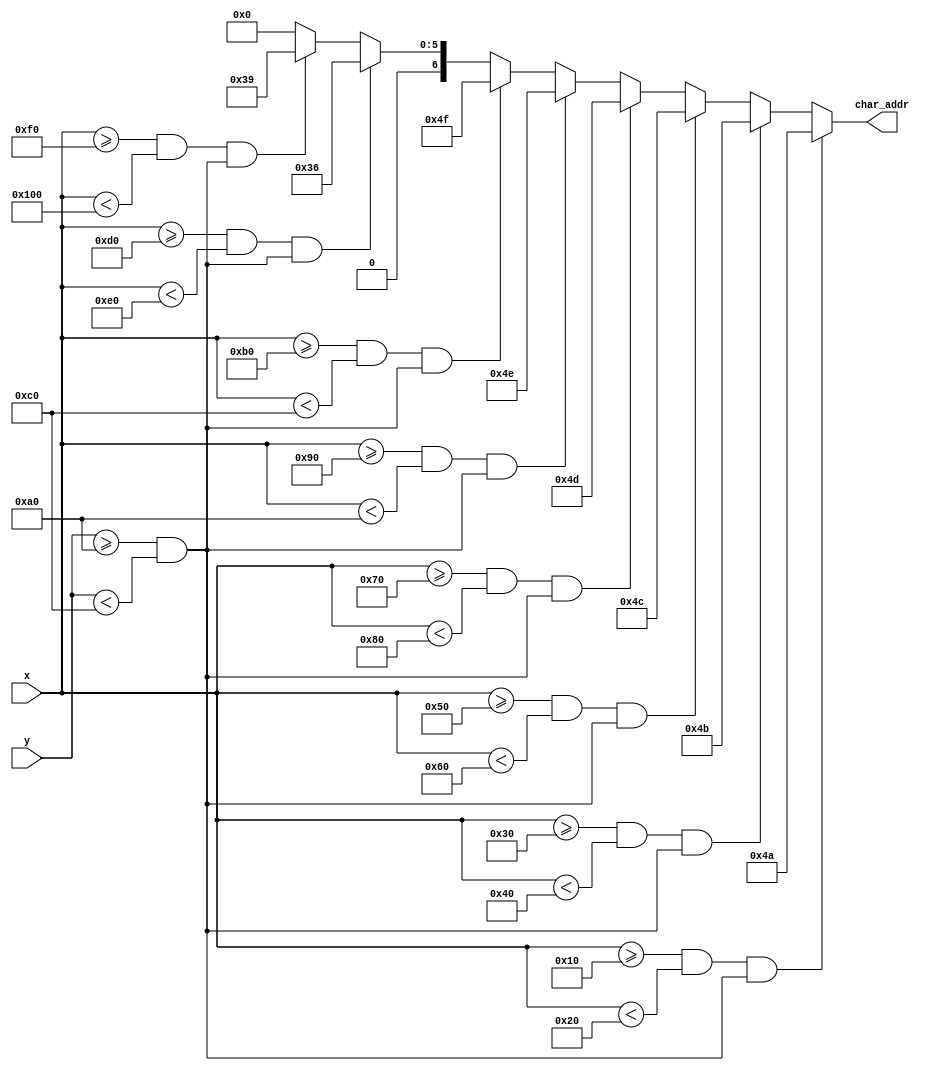
module CHARADDR_GENERATOR(
    input [9:0] x, y,
    output reg [6:0] char_addr=0
    );
    
always@(x,y)
begin
    if((x>=16 && x<32) && (y>=160 && y<192))
        char_addr=7'h4a;
        
    else if((x>=48 && x<64) && (y>=160 && y<192))
        char_addr=7'h4b;
        
    else if((x>=80 && x<96) && (y>=160 && y<192))
        char_addr=7'h4c;
        
    else if((x>=112 && x<128) && (y>=160 && y<192))
        char_addr=7'h4d;
    
    else if((x>=144 && x<160) && (y>=160 && y<192))
        char_addr=7'h4e;
        
    else if((x>=176 && x<192) && (y>=160 && y<192))
        char_addr=7'h4f;
        
    else if((x>=208 && x<224) && (y>=160 && y<192))
        char_addr=7'h36;
        
    else if((x>=240 && x<256) && (y>=160 && y<192))
        char_addr=7'h39;
    else
        char_addr=7'h0;
end
endmodule